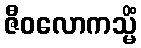
ဇီဝလောကသ္မိံ